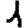
Digit: 1